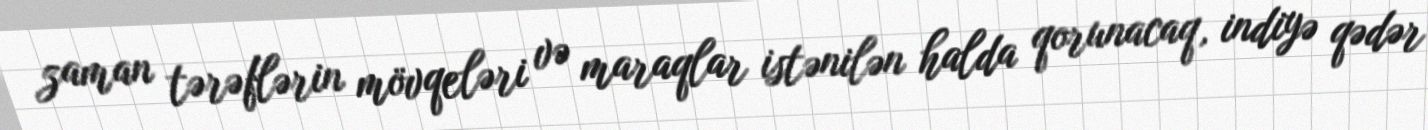
zaman tərəflərin mövqeləri və maraqlar istənilən halda qorunacaq, indiyə qədər